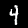
Label: 4